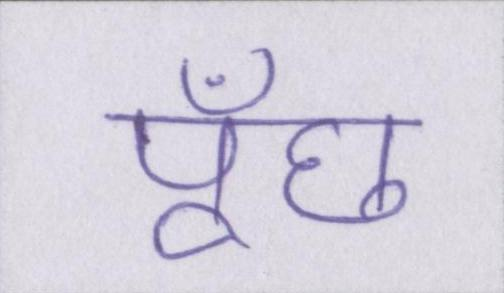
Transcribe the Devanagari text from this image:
पूँछ